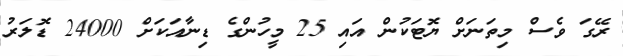
ރޭގަ ވެސް މިތަނަށް ޔޮޓަކުން އައި 25 މީހުންގެ ޑިނާއަކަށް 24000 ޑޮލަރު